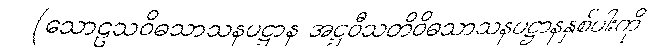
(သောဠသဝိဓသာသနပဋ္ဌာန အဋ္ဌဝီသတိဝိဓသာသနပဋ္ဌာနနှစ်ပါးကို